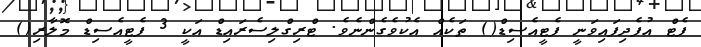
ފެޓް އުފެދިފައިވަނީ ފެޓީއެސިޑް() ތަކެއް އެކުވެގެންނެވެ. ޓްރިގްލިސެރައިޑް އަކީ 3 ފެޓީއެސިޑް މޮލާރި()